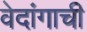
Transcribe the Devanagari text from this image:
वेदांगाची